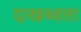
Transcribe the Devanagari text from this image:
दाखब्वता